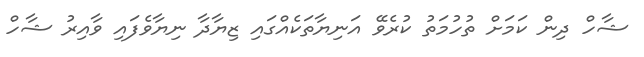
ޝާހް ދިން ކަމަށް ތުހުމަތު ކުރެވޭ އަނިޔާތަކެއްގައި ޒިޔާދާ ނިޔާވެފައި ވާއިރު ޝާހް